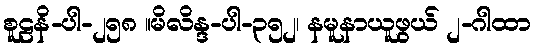
စူဠနိ-ပါ-၂၅၈ ။မိလိန္ဒ-ပါ-၃၅၂၊ နမူနာယူဖွယ် ၂-ဂါထာ